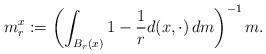
LaTeX: \begin{align*} m_r^x:=\left(\int_{B_r(x)}1-\frac{1}{r}d(x,\cdot)\,dm\right)^{-1}m. \end{align*}